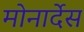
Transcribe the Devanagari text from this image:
मोनार्देस